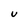
Character: U